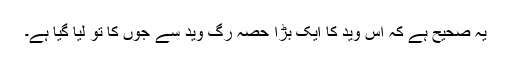
یہ صحیح ہے کہ اس وید کا ایک بڑا حصہ رگ وید سے جوں کا تو لیا گیا ہے۔